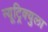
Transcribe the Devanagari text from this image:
न्यूट्रिक्युला